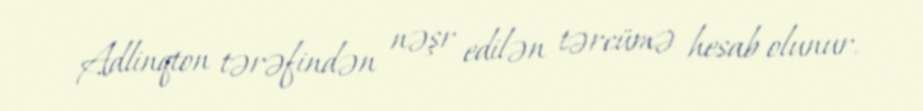
Adlinqton tərəfindən nəşr edilən tərcümə hesab olunur.